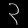
Digit: ၃